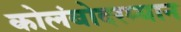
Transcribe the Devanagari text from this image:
कोलंबोदरम्यान